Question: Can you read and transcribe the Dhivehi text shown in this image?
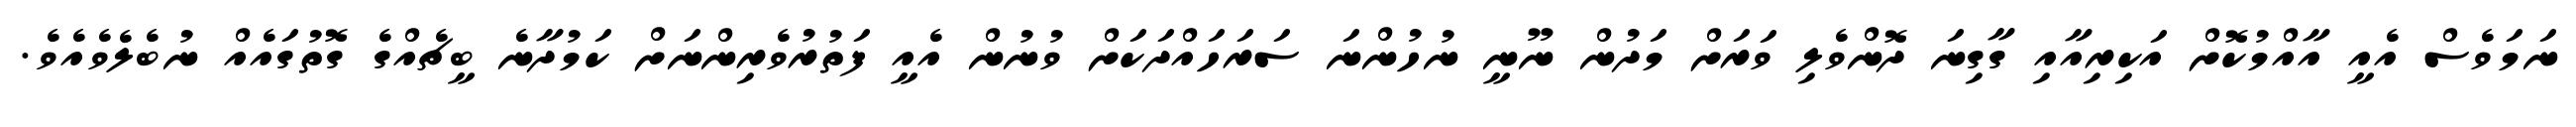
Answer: ނަމަވެސް އެއީ އާއްމުކޮށް އަކިރިއާއި ގާގިނަ ދޮންވެލި ވަރަށް މަދުން ނޫނީ ނުހުންނަ ސަރަހައްދަކަށް ވުނުން އެއީ ފަތުރުވެރިންނަށް ކަމުދާނެ ބީޗެއްގެ ގޮތުގައެއް ނުބެލެވެއެވެ.